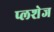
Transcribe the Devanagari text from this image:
प्लशेज